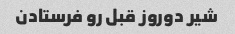
شیر دوروز قبل رو فرستادن